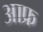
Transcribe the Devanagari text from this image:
आफ्र